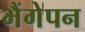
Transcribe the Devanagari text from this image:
भैंगेपन